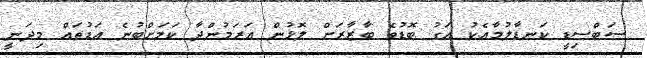
ސަބްސިޑީ ކަނޑާލުމާއެކު އަގު ބޮޑުވެ ބާޒާރަށް ލޮޅުން އަރަމުންދާ ކަމަށްބުނެ އަޑުތައް މިދަނީ